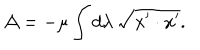
LaTeX: { \cal A } = - \mu \int d \lambda \, \sqrt { { x ^ { \prime } } \cdot { x ^ { \prime } } } .